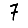
Digit: 7